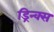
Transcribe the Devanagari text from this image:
ड्रिन्क्स